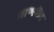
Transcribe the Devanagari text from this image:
प्राणकेंद्र